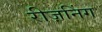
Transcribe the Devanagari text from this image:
रीज़निंग